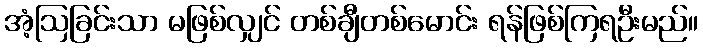
အံ့ဩခြင်းသာ မဖြစ်လျှင် တစ်ချီတစ်မောင်း ရန်ဖြစ်ကြရဦးမည်။